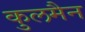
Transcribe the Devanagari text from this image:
कुलमैन